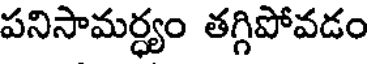
పనిసామర్ధ్యం తగ్గిపోవడం